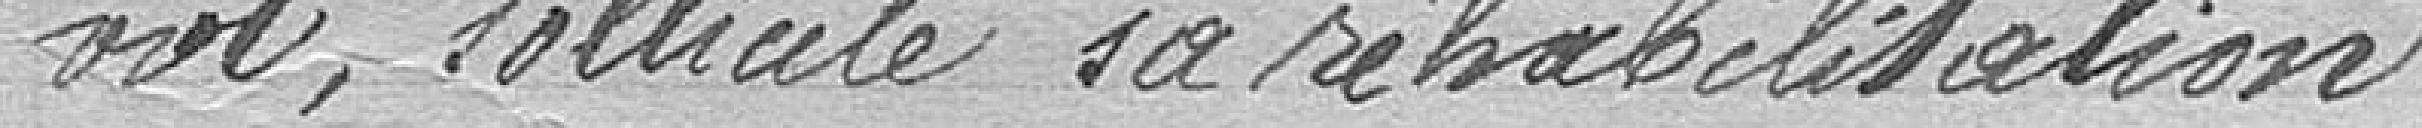
vol, sollicite sa réhabilitation.